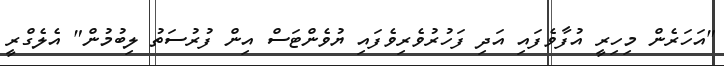
"އަހަރެން މިހިރީ އުފާވެފައި އަދި ފަހުރުވެރިވެފައި ޔުވެންޓަސް އިން ފުރުސަތު ލިބުމުން" އެލެގްރީ